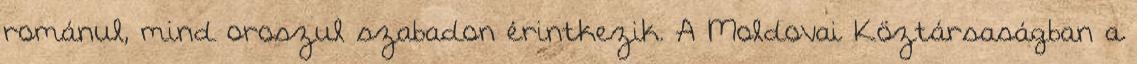
románul, mind oroszul szabadon érintkezik. A Moldovai Köztársaságban a